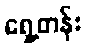
ရှေ့တန်း